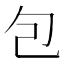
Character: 包